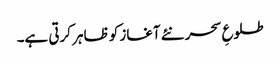
طلوعِ سحر نئے آغاز کو ظاہر کرتی ہے۔